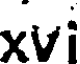
xvi